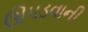
ઊપડવાની